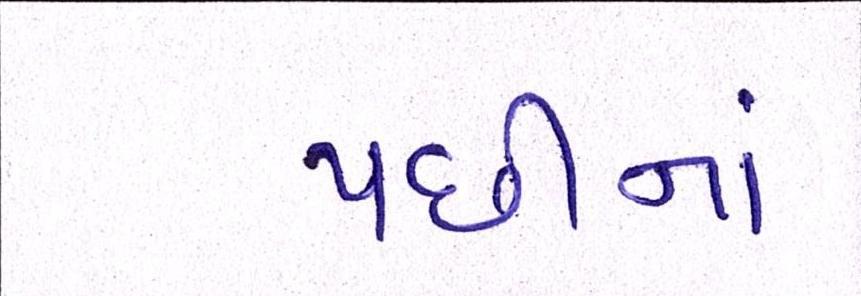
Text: પછીનાં